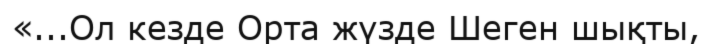
«...Ол кезде Орта жүзде Шеген шықты,